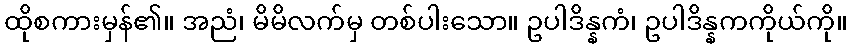
ထိုစကားမှန်၏။ အညံ၊ မိမိလက်မှ တစ်ပါးသော။ ဥပါဒိန္နကံ၊ ဥပါဒိန္နကကိုယ်ကို။